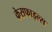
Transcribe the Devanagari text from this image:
केसफाइल्स